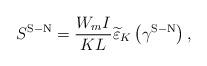
LaTeX: \begin{align*}{S^{\rm{S-N}}} = \frac{{{W_m}I}}{{KL}}{\widetilde \varepsilon _K}\left( {{\gamma ^{\rm{S-N}}}} \right),\end{align*}